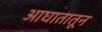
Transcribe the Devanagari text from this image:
आघातातून